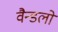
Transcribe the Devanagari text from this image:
वैन्डलों